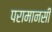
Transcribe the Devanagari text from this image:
परामानसी